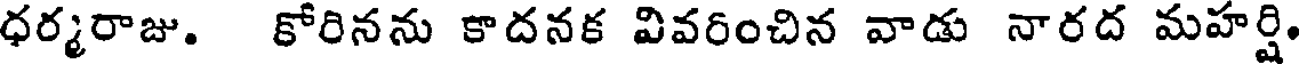
ధర్మరాజు. కోరినను కాదనక వివరించిన వాడు నారద మహర్షి